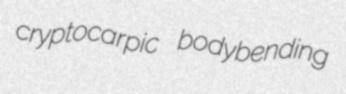
cryptocarpic bodybending